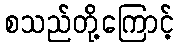
စသည်တို့ကြောင့်